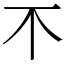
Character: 𣎴